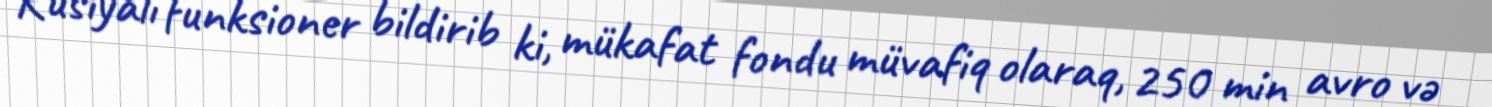
Rusiyalı funksioner bildirib ki, mükafat fondu müvafiq olaraq, 250 min avro və